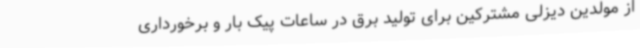
از مولدین دیزلی مشترکین برای تولید برق در ساعات پیک بار و برخورداری